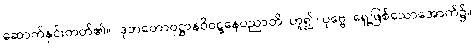
ဆောက်နှင်းတတ်၏။) ဒုဘတောဝုဋ္ဌာနဝိဝဋ္ဋနေပညာတိ၊ ဟူ၍။ ပုဗ္ဗေ၊ ရှေ့ဖြစ်သောအောက်၌။